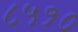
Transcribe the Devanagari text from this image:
८५१०